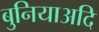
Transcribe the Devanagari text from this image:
बुनियाअदि